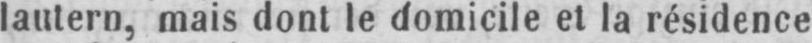
lautern, mais dont le domicile et la résidence